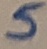
Text: 5